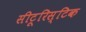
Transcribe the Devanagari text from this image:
सीटूरिस्टिक